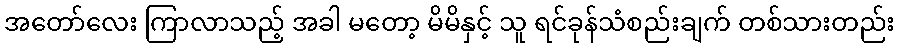
အတော်လေး ကြာလာသည့် အခါ မတော့ မိမိနှင့် သူ ရင်ခုန်သံစည်းချက် တစ်သားတည်း